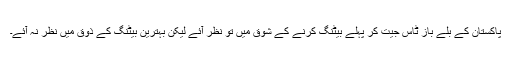
پاکستان کے بلے باز ٹاس جیت کر پہلے بیٹنگ کرنے کے شوق میں تو نظر آئے لیکن بہترین بیٹنگ کے ذوق میں نظر نہ آئے۔